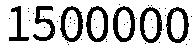
1500000